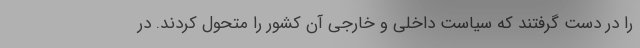
را در دست گرفتند که سیاست داخلی و خارجی آن کشور را متحول کردند. در